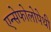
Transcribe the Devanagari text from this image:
एन्सेफोलोपेथी